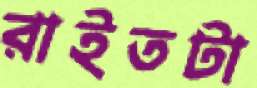
রাইতটা